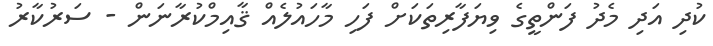
ކުދި އަދި މެދު ފަންތީގެ ވިޔަފާރިތަކަށް ފަހި މާހައުލެއް ޤާއިމްކުރާނަން - ސަރުކާރު